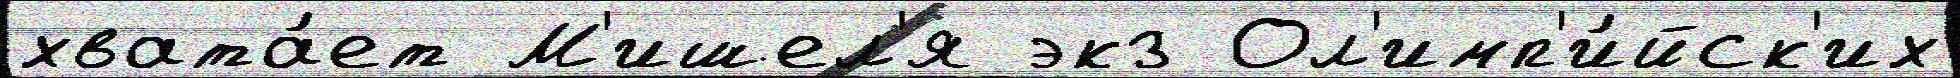
хвата́ет М'ишел'я экз Ол'имп'и́йск'их